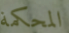
المحكمة